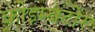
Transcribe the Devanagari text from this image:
कोइम्बटोर